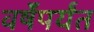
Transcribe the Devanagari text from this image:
वर्षेंपर्यंत